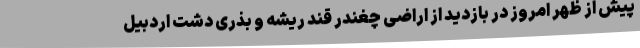
پیش از ظهر امروز در بازدید از اراضی چغندر قند ریشه و بذری دشت اردبیل